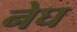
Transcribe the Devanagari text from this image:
नेघ